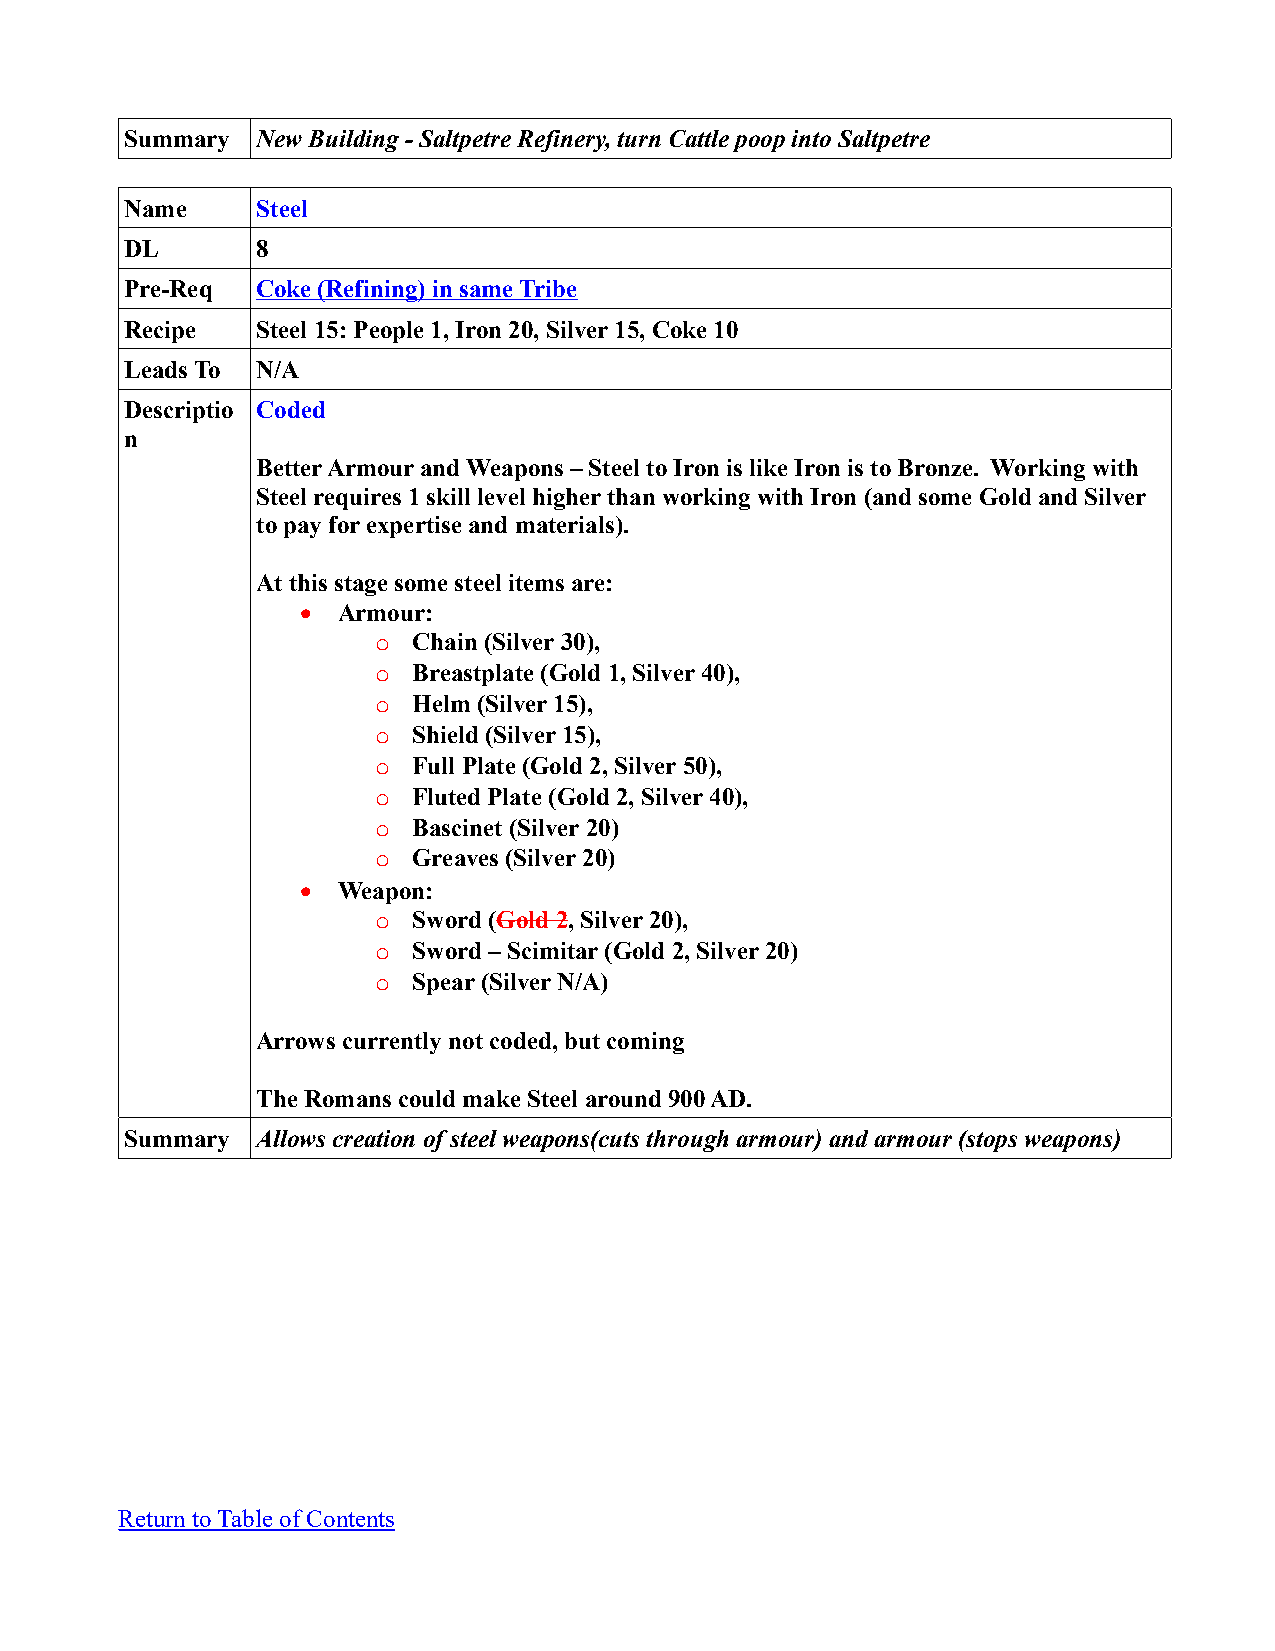
Summary  New Building - Saltpetre Refinery, turn Cattle poop into Saltpetre
 Name     Steel
 DL       8
 Pre-Req  Coke (Refining) in same Tribe
 Recipe   Steel 15: People 1, Iron 20, Silver 15, Coke 10
 Leads To N/A
 Descriptio Coded
 n
 Better Armour and Weapons – Steel to Iron is like Iron is to Bronze. Working with
 Steel requires 1 skill level higher than working with Iron (and some Gold and Silver
 to pay for expertise and materials).
 At this stage some steel items are:
  Armour:
 o Chain (Silver 30),
 o Breastplate (Gold 1, Silver 40),
 o Helm (Silver 15),
 o Shield (Silver 15),
 o Full Plate (Gold 2, Silver 50),
 o Fluted Plate (Gold 2, Silver 40),
 o Bascinet (Silver 20)
 o Greaves (Silver 20)
  Weapon:
 o Sword (Gold 2, Silver 20),
 o Sword – Scimitar (Gold 2, Silver 20)
 o Spear (Silver N/A)
 Arrows currently not coded, but coming
 The Romans could make Steel around 900 AD.
 Summary  Allows creation of steel weapons(cuts through armour) and armour (stops weapons)
 Return to Table of Contents